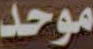
موحد